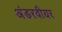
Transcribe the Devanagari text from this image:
अंडरवीयर